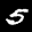
Digit: 5